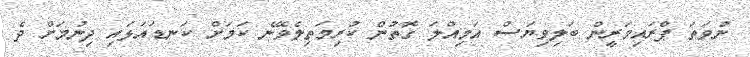
ނުވަތަ ޕްރައިމަރީން ބަލިވިޔަސް އަމިއްލަ ގޮތުން ކުރިމަތިލެވޭނެ ކަމަށް ކަނޑައަޅައި ދިނުމަށް ދެ